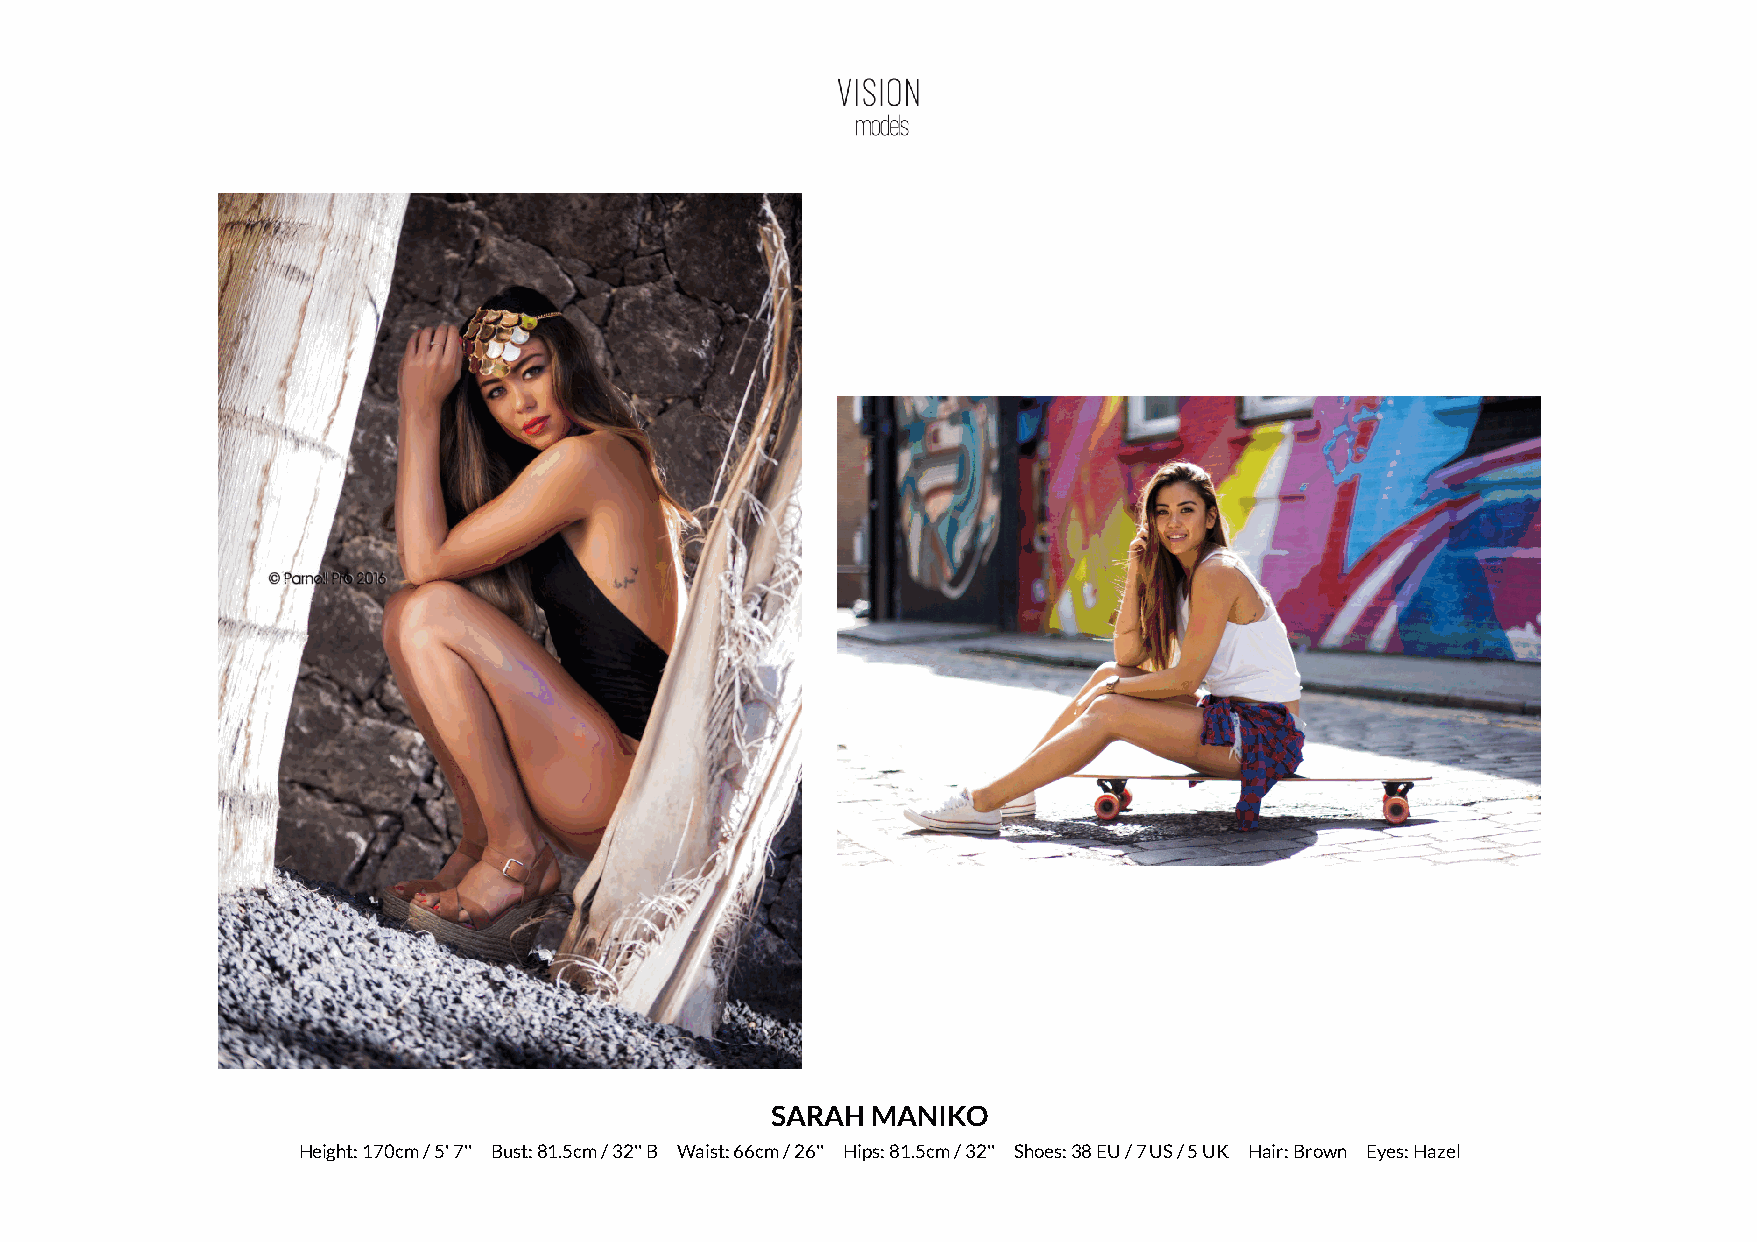
SARAH  MANIKO
 Height: 170cm / 5' 7'' Bust: 81.5cm / 32'' B Waist: 66cm / 26'' Hips: 81.5cm / 32'' Shoes: 38 EU / 7 US / 5 UK Hair: Brown Eyes: Hazel